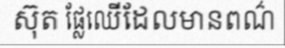
ស៊ុត ផ្លែឈើដែលមានពណ៌